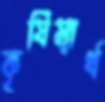
কৃষিস্বার্থ